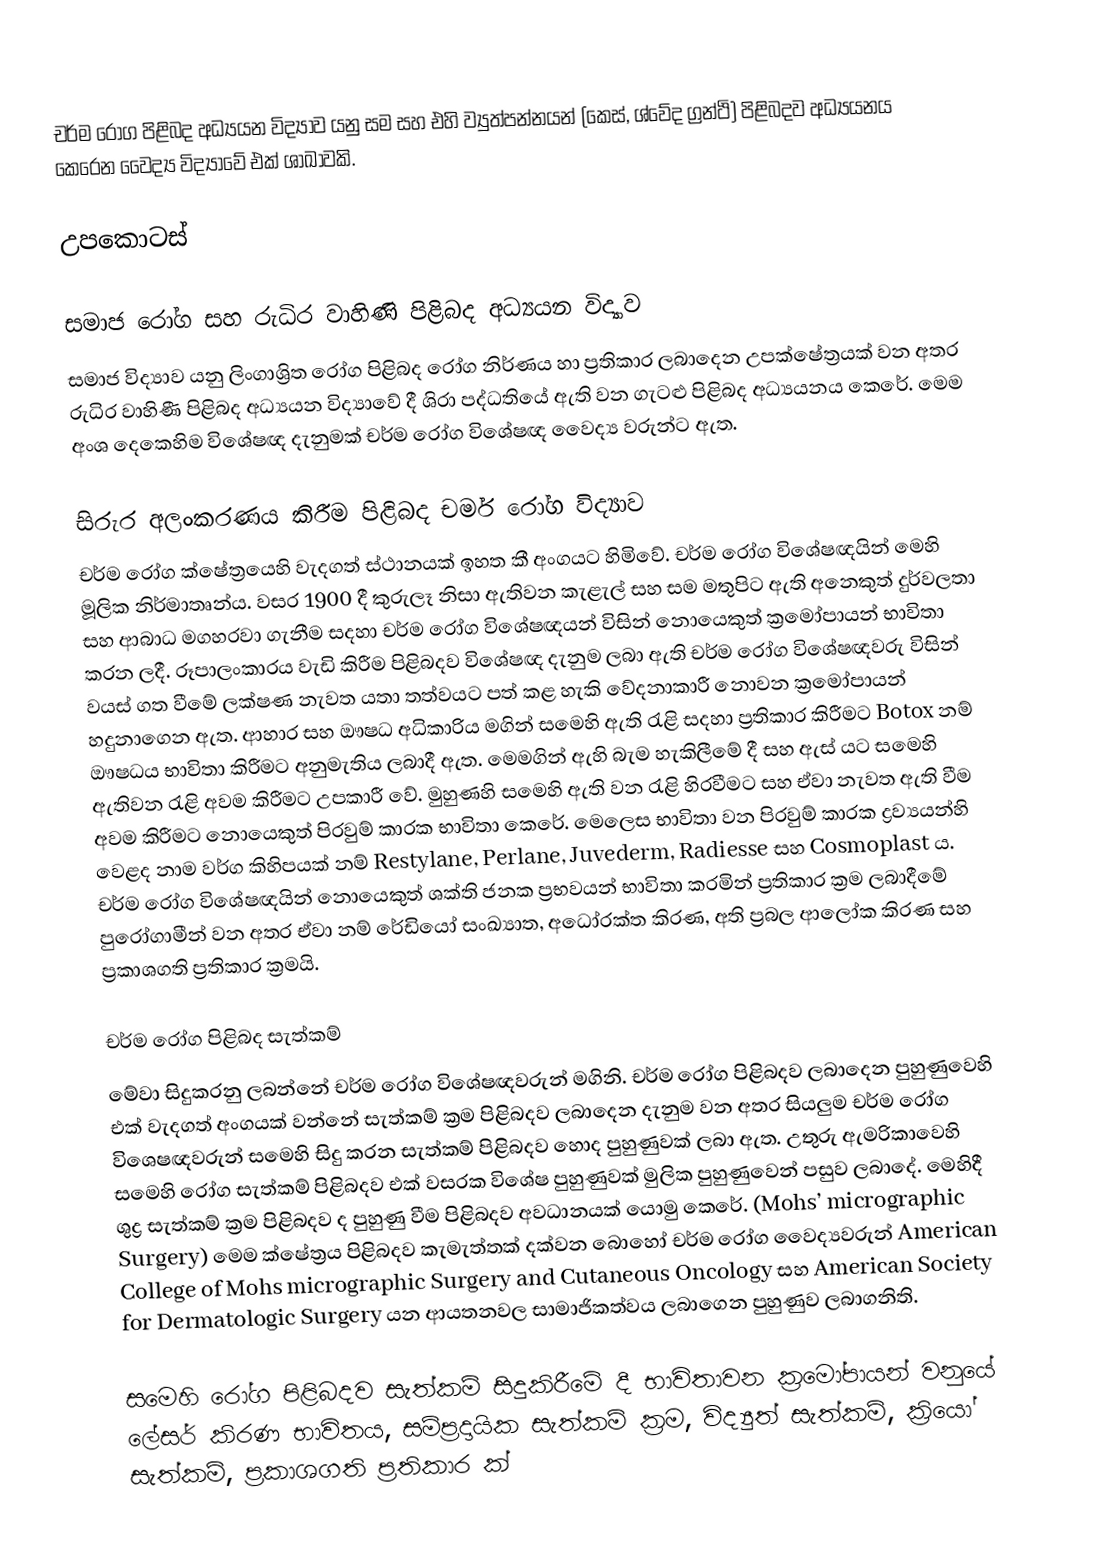
චර්ම රෝග පිළිබද අධ්‍යයන විද්‍යාව යනු සම සහ එහි ව්‍යුත්පන්නයන් (කෙස්, ශ්වේද ග්‍රන්ථි) පිළිබදව අධ්‍යයනය කෙරෙන වෛද්‍ය විද්‍යාවේ එක් ශාඛාවකි.

උපකොටස්

සමාජ රෝග සහ රුධිර වාහිණි පිළිබද අධ්‍යයන විද්‍යාව
සමාජ විද්‍යාව යනු ලිංගාශ්‍රිත රෝග පිළිබද රෝග නිර්ණය හා ප්‍රතිකාර ලබාදෙන උපක්ෂේත්‍රයක් වන අතර රුධිර වාහිණී පිළිබද අධ්‍යයන විද්‍යාවේ දී ශිරා පද්ධතියේ ඇති වන ගැටළු පිළිබද අධ්‍යයනය කෙරේ. මෙම අංශ දෙකෙහිම විශේෂඥ දැනුමක් චර්ම රෝග විශේෂඥ වෛද්‍ය වරුන්ට ඇත.

සිරුර අලංකරණය කිරීම පිළිබද චර්ම රෝග විද්‍යාව
චර්ම රෝග ක්ෂේත්‍රයෙහි වැදගත් ස්ථානයක් ඉහත කී අංගයට හිමිවේ. චර්ම රෝග විශේෂඥයින් මෙහි මූලික නිර්මාතෘන්ය. වසර 1900 දී කුරුලෑ නිසා ඇතිවන කැළැල් සහ සම මතුපිට ඇති අනෙකුත් දුර්වලතා සහ ආබාධ මගහරවා ගැනීම සදහා චර්ම රෝග විශේෂඥයන් විසින් නොයෙකුත් ක්‍රමෝපායන් භාවිතා කරන ලදී.  රූපාලංකාරය වැඩි කිරීම පිළිබදව විශේෂඥ දැනුම ලබා ඇති චර්ම රෝග විශේෂඥවරු විසින් වයස් ගත වීමේ  ලක්ෂණ නැවත යතා තත්වයට පත් කළ හැකි වේදනාකාරී නොවන ක්‍රමෝපායන් හදුනාගෙන ඇත. ආහාර සහ ඖෂධ අධිකාරිය මගින් සමෙහි ඇති රැළි සදහා ප්‍රතිකාර කිරීමට Botox නම් ඖෂධය භාවිතා‍ කිරීමට අනුමැතිය ලබාදී ඇත. මෙමගින් ඇහි බැම හැකිලීමේ දී සහ ඇස් යට සමෙහි ඇතිවන රැළි අවම කිරීමට උපකාරී වේ. මුහුණහි සමෙහි ඇති වන රැළි හිරවීමට සහ ඒවා නැවත ඇති වීම අවම කිරීමට නොයෙකුත් පිරවුම් කාරක භාවිතා කෙරේ. මෙලෙස භාවිතා වන පිරවුම් කාරක ද්‍රව්‍යයන්හි වෙළද නාම වර්ග කිහිපයක් නම් Restylane, Perlane, Juvederm, Radiesse  සහ Cosmoplast ය. චර්ම රෝග විශේෂඥයින් නොයෙකුත් ශක්ති ජනක ප්‍රභවයන් භාවිතා කරමින් ප්‍රතිකාර ක්‍රම ලබාදීමේ පුරෝගාමීන් වන අතර ඒවා  නම්  රේඩියෝ සංඛ්‍යාත, අධෝරක්ත කිරණ, අති ප්‍රබල ආලෝක කිරණ සහ ප්‍රකාශගති ප්‍රතිකාර ක්‍රමයි.

චර්ම රෝග පිළිබද සැත්කම්
මේවා සිදුකරනු ලබන්නේ චර්ම රෝග විශේෂඥවරුන් මගිනි. චර්ම රෝග පිළිබදව ලබාදෙන පුහුණුවෙහි එක් වැදගත් අංගයක් වන්නේ සැත්කම් ක්‍රම පිළිබදව ලබාදෙන දැනුම වන අතර සියලුම චර්ම රෝග විශෙෂඥවරුන් සමෙහි සිදු කරන සැත්කම් පිළිබදව හොද පුහුණුවක් ලබා ඇත. උතුරු ඇමරිකාවෙහි සමෙහි රෝග සැත්කම් පිළිබදව එක් වසරක විශේෂ පුහුණුවක් මුලික පුහුණුවෙන් පසුව ලබාදේ. මෙහිදී ශුද්‍ර සැත්කම් ක්‍රම පිළිබදව ද පුහුණු වීම පිළිබදව අවධානයක් යොමු කෙරේ. (Mohs’ micrographic Surgery) මෙම ක්ෂේත්‍රය පිළිබදව කැමැත්තක් දක්වන බොහෝ චර්ම රෝග වෛද්‍යවරුන් American College of Mohs micrographic Surgery and Cutaneous Oncology සහ  American Society for Dermatologic Surgery යන ආයතනවල සාමාජිකත්වය ලබාගෙන පුහුණුව ලබාගනිති.

සමෙහි රෝග පිළිබදව සැත්කම් සිදුකිරීමේ දී භාවිතාවන ක්‍රමෝපායන් වනුයේ ලේසර් කිරණ භාවිතය, සම්ප්‍රදායික සැත්කම් ක්‍රම, විද්‍යුත් සැත්කම්, ක්‍රියෝ සැත්කම්, ප්‍රකාශගති ප්‍රතිකාර ක්